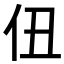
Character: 𪜫